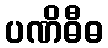
ပဏိဓီဓ